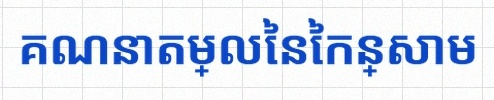
គណនាតម្លៃនៃកន្សោម